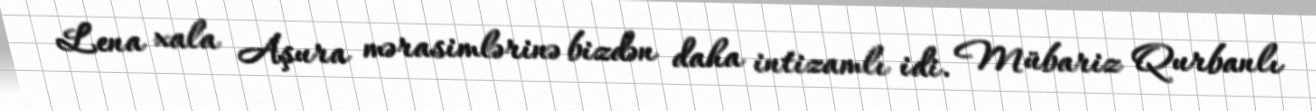
Lena xala Aşura mərasimlərinə bizdən daha intizamlı idi. Mübariz Qurbanlı